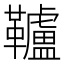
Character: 𩍼